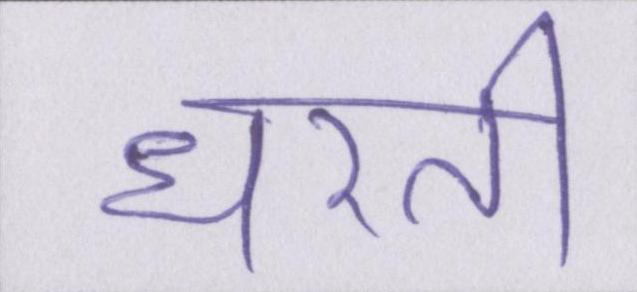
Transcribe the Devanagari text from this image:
धरती